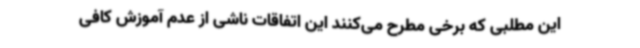
این مطلبی که برخی مطرح می‌کنند این اتفاقات ناشی از عدم آموزش کافی